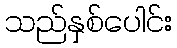
သည်နှစ်ပေါင်း